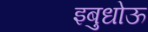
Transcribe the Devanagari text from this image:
इबुधोऊ